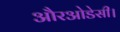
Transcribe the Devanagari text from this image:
औरओडेसी।